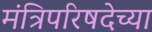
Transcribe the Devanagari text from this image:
मंत्रिपरिषदेच्या